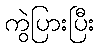
ကွဲပြားပြီး